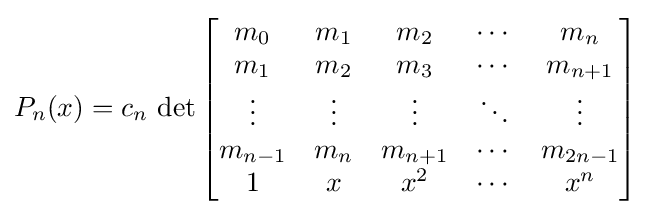
P_{n}(x)=c_{n}\,\det {\begin{bmatrix}m_{0}&m_{1}&m_{2}&\cdots &m_{n}\\m_{1}&m_{2}&m_{3}&\cdots &m_{n+1}\\\vdots &\vdots &\vdots &\ddots &\vdots \\m_{n-1}&m_{n}&m_{n+1}&\cdots &m_{2n-1}\\1&x&x^{2}&\cdots &x^{n}\end{bmatrix}}~